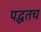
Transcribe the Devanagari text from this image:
पद्धतच